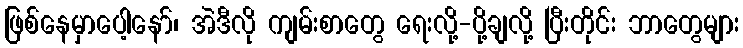
ဖြစ်နေမှာပေါ့နော်၊ အဲဒီလို ကျမ်းစာတွေ ရေးလို့-ပို့ချလို့ ပြီးတိုင်း ဘာတွေများ